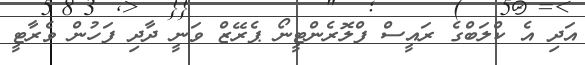
އަދި އެ ކްލަބްގެ ރައީސް ފްލޮރެންޓީނޯ ޕެރޭޒް ވަނީ ދާދި ފަހުން ވެރާޓީ